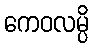
ကေဝလမ္ပိ